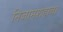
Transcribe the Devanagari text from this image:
निजामशहाचा